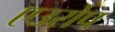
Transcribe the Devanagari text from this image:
एउरोप